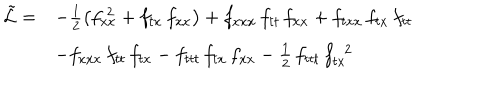
LaTeX: \begin{array} { r l } { { \tilde { { \cal L } } = } } & { { - \frac { 1 } { 2 } \left( f _ { x x } ^ { \; 2 } + f _ { t x } \, f _ { x x } \right) + f _ { x x x } \, f _ { t t } \, f _ { x x } + f _ { t x x } \, f _ { t x } \, f _ { t t } } } \\ { { } } & { { - f _ { x x x } \, f _ { t t } \, f _ { t x } - f _ { t t t } \, f _ { t x } \, f _ { x x } - \frac { 1 } { 2 } \, f _ { t t t } \, f _ { t x } ^ { \; \; 2 } } } \\ \end{array}